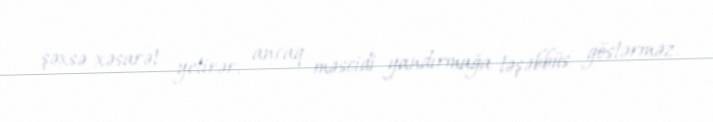
şəxsə xəsarət yetirər, ancaq məscidi yandırmağa təşəbbüs göstərməz.